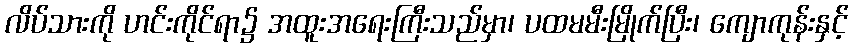
လိပ်သားကို ဟင်းကိုင်ရာ၌ အထူးအရေးကြီးသည်မှာ၊ ပထမမီးမြိုက်ပြီး၊ ကျောကုန်းနှင့်